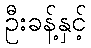
ဦးခန့်နှင့်